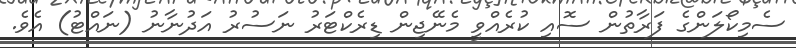
ސެމިކޯލަންގެ ފަރާތުން ސޮއި ކުރެއްވީ މެނޭޖިން ޑިރެކްޓަރު ނަސުރު އަދުނާނު (ނައްޓު) އެވެ.